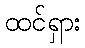
ထင်ရှား